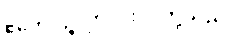
ဧတေပဉ္စ၊ ဤငါးပါးတို့သည်။